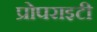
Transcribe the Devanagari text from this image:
प्रोपराइटी